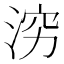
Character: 𪶉